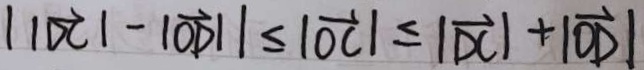
\vert \vert \overrightarrow { D C } \vert - \vert \overrightarrow { O D } / / \leq \vert \overrightarrow { O C } \vert \leq \vert \overrightarrow { D C } \vert + \vert \overrightarrow { O D } \vert